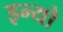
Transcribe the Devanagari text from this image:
इन्यो